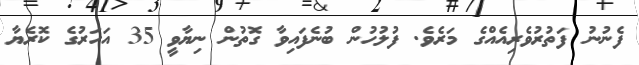
ފެނުނު ފަތުރުވެރިއެއްގެ މަރެވެ. ފުލުހުން ބުނެފައިވާ ގޮތުން ނިޔާވީ 35 އަހަރުގެ ކޮރެޔާ